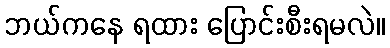
ဘယ်ကနေ ရထား ပြောင်းစီးရမလဲ။